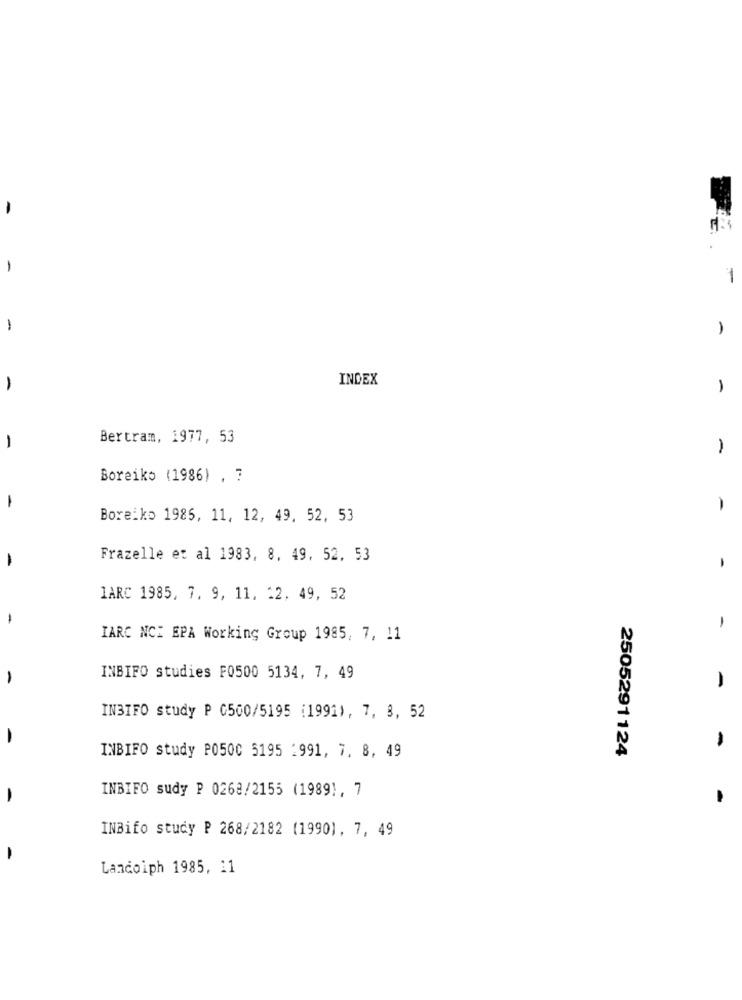
-
1
-
-
INDEX
-
1
Bertram, 1977, 53
-
1
Boreiko (1986) , ?
-
-
Boreiko 1985, 11, 12, 49, 52, 53
Frazelle et al 1983, 8. 49, 52. 53
-
-
IARC 1985, 7, 9, 11, 12, 49, 52
-
1
IARC NCI EPA Working Group 1985, 7, 11
-
INBIFO studies F0500 5134, 7, 49
-
INBIFO study P 0500/5195 (1991), 7, 8, 52
2505291124
-
INBIFO study P0500 5195 1991, 7, 8, 49
INBIFO sudy P 0268/2155 (19891, 7
-
-
INBifo study P 268/2182 (1990). 7, 49
-
Landoiph 1985, 11